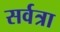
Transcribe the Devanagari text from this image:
सर्वत्रा